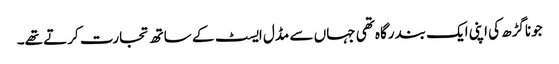
جوناگڑھ کی اپنی ایک بندرگاہ تھی جہاں سے مڈل ایسٹ کے ساتھ تجارت کرتے تھے۔